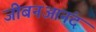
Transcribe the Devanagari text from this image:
जीबनआनंद